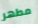
مطهر